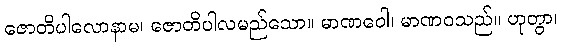
ဇောတိပါလောနာမ၊ ဇောတိပါလမည်သော။ မာဏဝေါ၊ မာဏဝသည်။ ဟုတွာ၊